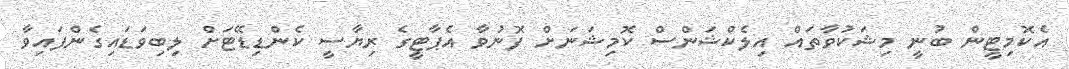
އެކޮމިޓީން ބުނީ މިޝަކުވާތައް އިލެކްޝަންސް ކޮމިޝަނަށް ފޮނުވާ އެޕާޓީގެ ރިޔާސީ ކެންޑިޑޭޓަށް ލިބިވަޑައިގެންފައިވާ